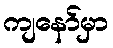
ကျနော်မှာ